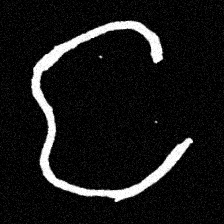
Pyu character \u2014 Myanmar letter: င (romanized: nga)